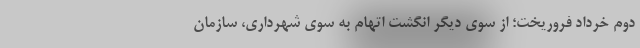
دوم خرداد فروریخت؛ از سوی دیگر انگشت اتهام به سوی شهرداری، سازمان